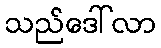
သည်ဒေါ်လာ